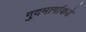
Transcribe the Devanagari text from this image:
गुदमार्गाकडे